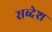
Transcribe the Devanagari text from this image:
सब्देश